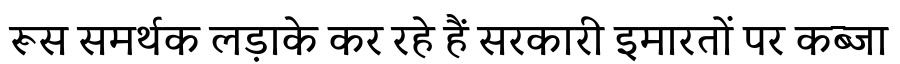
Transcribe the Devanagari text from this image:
रूस समर्थक लड़ाके कर रहे हैं सरकारी इमारतों पर कब्जा